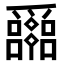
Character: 𤕈